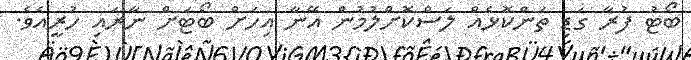
ބޯޓު ފުރާ ގަޑި ތަންކޮޅެއް ލަސްކޮށްލުމުން އޭނާ އިހަށް ބޯޓަށް ނާރައި ހުރީއެވެ.